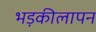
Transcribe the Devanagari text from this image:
भड़कीलापन